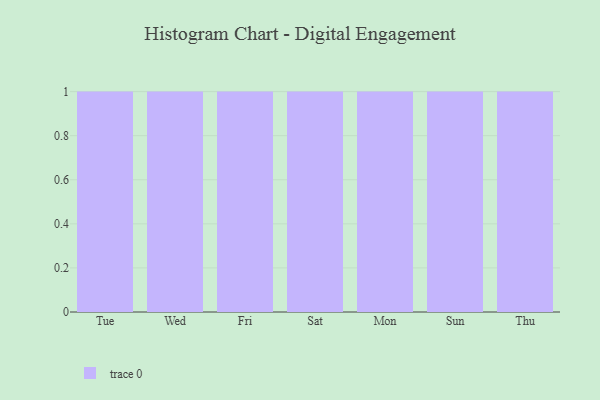
{"axis": {"x": "Day", "y": "Headcount"}, "legend": [""], "data": [{"x": "Tue", "y": 18, "type": ""}, {"x": "Wed", "y": 73, "type": ""}, {"x": "Fri", "y": 41, "type": ""}, {"x": "Sat", "y": 92, "type": ""}, {"x": "Mon", "y": 36, "type": ""}, {"x": "Sun", "y": 68, "type": ""}, {"x": "Thu", "y": 78, "type": ""}]}